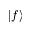
| f \rangle